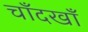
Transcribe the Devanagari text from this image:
चाँदखाँ